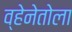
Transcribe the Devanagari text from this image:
व्हेनेतोला